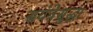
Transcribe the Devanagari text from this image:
सयंत्रेसुद्धा